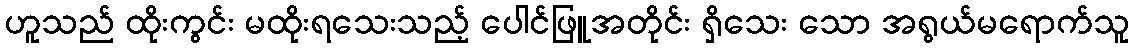
ဟူသည် ထိုးကွင်း မထိုးရသေးသည့် ပေါင်ဖြူအတိုင်း ရှိသေး သော အရွယ်မရောက်သူ